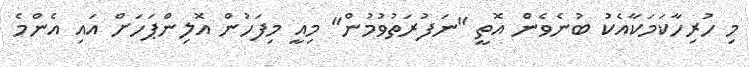
މި ހުރިހާކަމަަކާއެކު ބުނެވެން އޮތީ "ނަފުރަތުވުމުން" މިއީ މިފަހުން އޮލިންޕަހަށް އައި އެންމެ